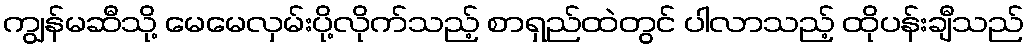
ကျွန်မဆီသို့ မေမေလှမ်းပို့လိုက်သည့် စာရှည်ထဲတွင် ပါလာသည့် ထိုပန်းချီသည်